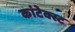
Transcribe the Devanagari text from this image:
कांटेक्स्ट